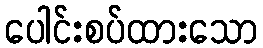
ပေါင်းစပ်ထားသော